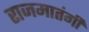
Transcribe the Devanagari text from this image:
राजमातंगी